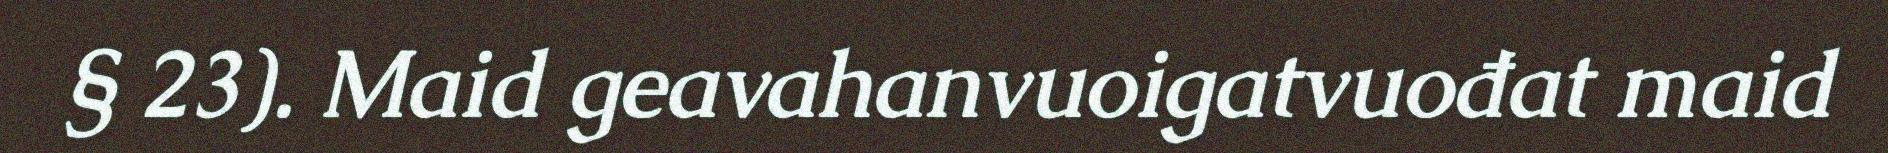
§ 23). Maid geavahanvuoigatvuođat maid